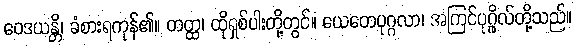
ဝေဒယန္တိ၊ ခံစားရကုန်၏။ တတ္ထ၊ ထိုရှစ်ပါးတို့တွင်။ ယေတေပုဂ္ဂလာ၊ အကြင်ပုဂ္ဂိုလ်တို့သည်။